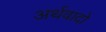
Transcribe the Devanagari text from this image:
अर्थवादो